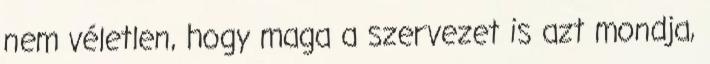
nem véletlen, hogy maga a szervezet is azt mondja,